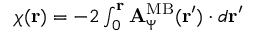
\begin{array} { r } { { { \chi ( { \bf r } ) } } = - 2 \int _ { 0 } ^ { { \bf r } } { \bf A } _ { \Psi } ^ { \mathrm { M B } } ( { \bf r } ^ { \prime } ) \cdot d { \bf r } ^ { \prime } } \end{array}